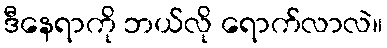
ဒီနေရာကို ဘယ်လို ရောက်လာလဲ။